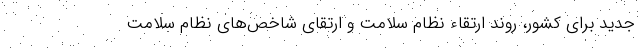
جدید برای کشور، روند ارتقاء نظام سلامت و ارتقای شاخص‌های نظام سلامت